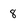
Character: 8